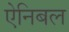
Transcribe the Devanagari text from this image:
ऐनिबल